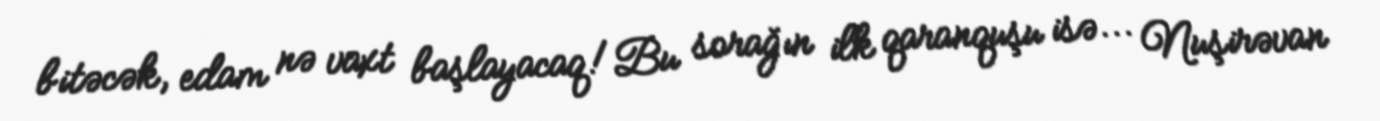
bitəcək, edam nə vaxt başlayacaq!Bu sorağın ilk qaranquşu isə... Nuşirəvan